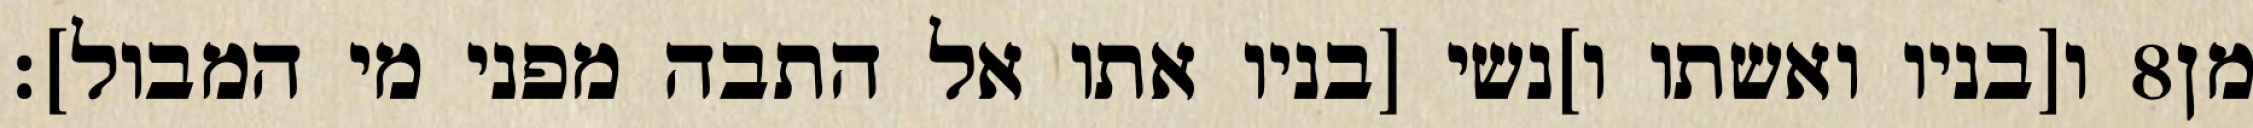
ו[בניו ואשתו ו]נשי [בניו אתו אל התבה מפני מי המבול]׃ ‎8‏ מן